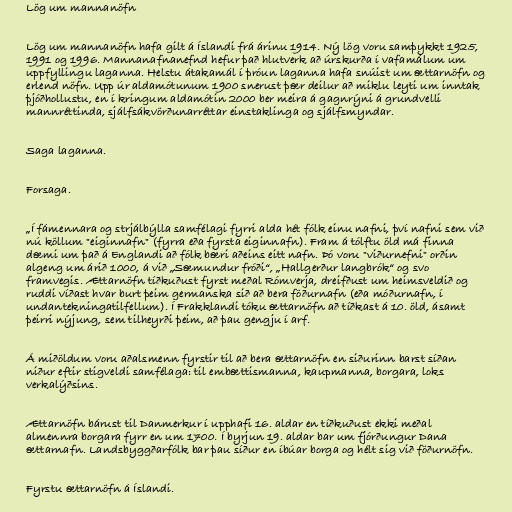
Lög um mannanöfn

Lög um mannanöfn hafa gilt á Íslandi frá árinu 1914. Ný lög voru samþykkt 1925,
1991 og 1996. Mannanafnanefnd hefur það hlutverk að úrskurða í vafamálum um
uppfyllingu laganna. Helstu átakamál í þróun laganna hafa snúist um ættarnöfn og
erlend nöfn. Upp úr aldamótunum 1900 snerust þær deilur að miklu leyti um inntak
þjóðhollustu, en í kringum aldamótin 2000 ber meira á gagnrýni á grundvelli
mannréttinda, sjálfsákvörðunarréttar einstaklinga og sjálfsmyndar.

Saga laganna.

Forsaga.

„Í fámennara og strjálbýlla samfélagi fyrri alda hét fólk einu nafni, því nafni sem við
nú köllum "eiginnafn" (fyrra eða fyrsta eiginnafn). Fram á tólftu öld má finna
dæmi um það á Englandi að fólk bæri aðeins eitt nafn. Þó voru "viðurnefni" orðin
algeng um árið 1000, á við „Sæmundur fróði“, „Hallgerður langbrók“ og svo
framvegis. Ættarnöfn tíðkuðust fyrst meðal Rómverja, dreifðust um heimsveldið og
ruddi víðast hvar burt þeim germanska sið að bera föðurnafn (eða móðurnafn, í
undantekningatilfellum). Í Frakklandi tóku ættarnöfn að tíðkast á 10. öld, ásamt
þeirri nýjung, sem tilheyrði þeim, að þau gengju í arf.

Á miðöldum voru aðalsmenn fyrstir til að bera ættarnöfn en siðurinn barst síðan
niður eftir stigveldi samfélaga: til embættismanna, kaupmanna, borgara, loks
verkalýðsins.

Ættarnöfn bárust til Danmerkur í upphafi 16. aldar en tíðkuðust ekki meðal
almennra borgara fyrr en um 1700. Í byrjun 19. aldar bar um fjórðungur Dana
ættarnafn. Landsbyggðarfólk bar þau síður en íbúar borga og hélt sig við föðurnöfn.

Fyrstu ættarnöfn á Íslandi.